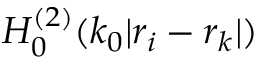
H _ { 0 } ^ { ( 2 ) } ( k _ { 0 } | { r } _ { i } - { r } _ { k } | )